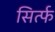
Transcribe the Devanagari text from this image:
सिर्त्फ